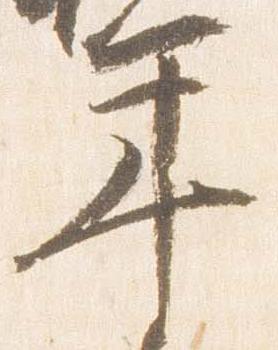
年